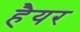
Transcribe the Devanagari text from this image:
हैयर